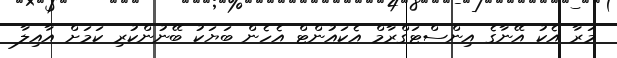
މަރާ އެކު އޭނާގެ އިންސްޓަގްރާމް އެކައުންޓް އެހެން ބަޔަކު ބޭނުންކުރި ކަމަށް އާއިލާ